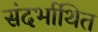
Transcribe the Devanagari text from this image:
संदर्भाथित